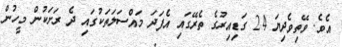
އެވެ. ވޭތިވެދިޔަ 24 ގަޑިއިރުގެ ތެރޭގައި އެފަދަ މައްސަލަތަކުގައި ދެ ރަށަކުން މީހުން